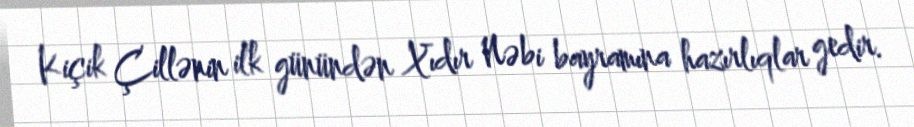
Kiçik Çillənin ilk günündən Xıdır Nəbi bayramına hazırlıqlar gedir.